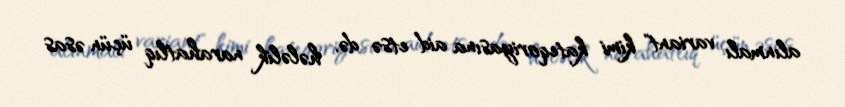
alınmalı variant" kimi kateqoriyasına aid etsə də, hələlik narahatlıq üçün əsas